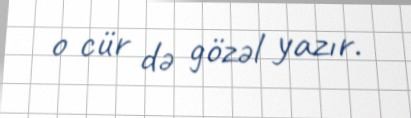
o cür də gözəl yazır.